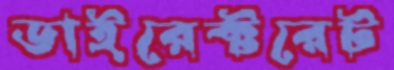
ডাইরেক্টরেট